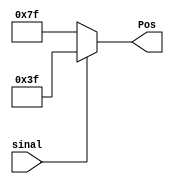
module sinal( 
    output [6:0] Pos,
    input  sinal
    );
    
	assign Pos  = ( sinal ? ~7'b1000000 : ~7'b0000000);
	
endmodule